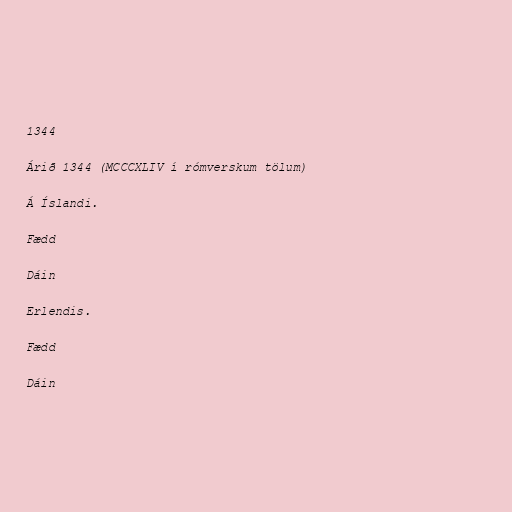
1344

Árið 1344 (MCCCXLIV í rómverskum tölum)

Á Íslandi.

Fædd

Dáin

Erlendis.

Fædd

Dáin